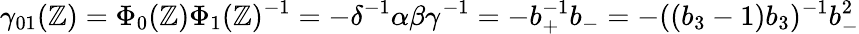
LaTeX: \gamma_{01}(\mathbb{Z})=\Phi_{0}(\mathbb{Z})\Phi_{1}(\mathbb{Z})^{-1}=-\delta^{-1}\alpha\beta\gamma^{-1}=-b_{+}^{-1}b_{-}=-((b_{3}-1)b_{3})^{-1}b_{-}^{2}